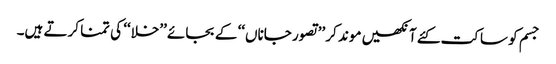
جسم کو ساکت کئے آنکھیں موند کر ’’تصور جاناں‘‘ کے بجائے ’’خلا‘‘ کی تمنا کرتے ہیں۔